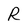
Character: R